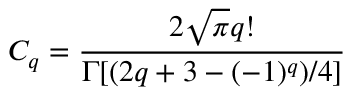
C _ { q } = \frac { 2 \sqrt { \pi } q ! } { \Gamma [ ( 2 q + 3 - ( - 1 ) ^ { q } ) / 4 ] }